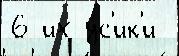
6 их у́с'ик'и